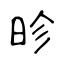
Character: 昣